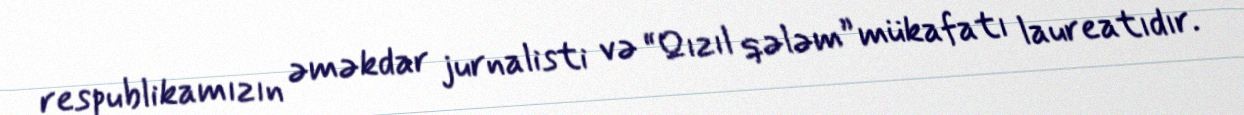
respublikamızın əməkdar jurnalisti və “Qızıl qələm” mükafatı laureatıdır.